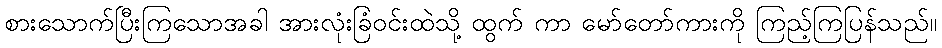
စားသောက်ပြီးကြသောအခါ အားလုံးခြံဝင်းထဲသို့ ထွက် ကာ မော်တော်ကားကို ကြည့်ကြပြန်သည်။